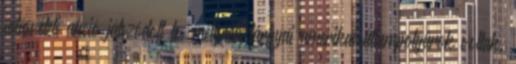
adásvételi akció játszódott le, melynek tárgyai amerikai állampolgárok voltak.